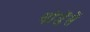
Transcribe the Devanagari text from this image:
थोडेंसें